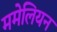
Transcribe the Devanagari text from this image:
ममेलियन